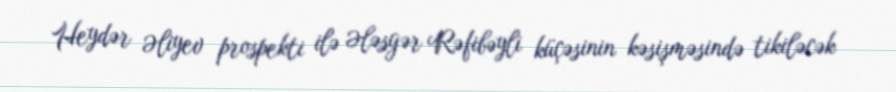
Heydər Əliyev prospekti ilə Ələsgər Rəfibəyli küçəsinin kəsişməsində tikiləcək